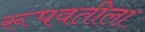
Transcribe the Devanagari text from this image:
रूपवतीला